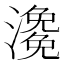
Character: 𤀧